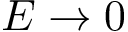
E \rightarrow 0